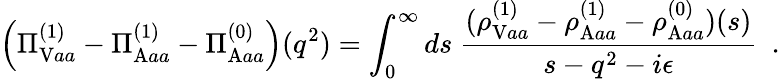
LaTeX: \left(\Pi_{\mathrm{V}aa}^{(1)}-\Pi_{\mathrm{A}aa}^{(1)}-\Pi_{\mathrm{A}aa}^{(0)}\right)(q^{2})=\int_{0}^{\infty}ds~{\frac{(\rho_{\mathrm{V}aa}^{(1)}-\rho_{\mathrm{A}aa}^{(1)}-\rho_{\mathrm{A}aa}^{(0)})(s)}{s-q^{2}-i\epsilon}}\ \ .